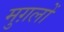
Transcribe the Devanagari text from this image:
मुग़लोँ